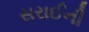
સરાઈની